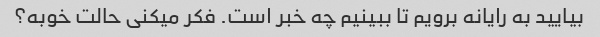
بیایید به رایانه برویم تا ببینیم چه خبر است. فکر میکنی حالت خوبه؟